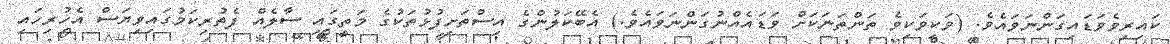
ކައިރިވެވަޑައިގަންނަވައެވެ. (ވަކިވަކިވެ ތަންތަނަކަށް ވަޑައެއްނުގަންނަވައެވެ.) އެބޭކަލުންގެ އިސްތަށިފުޅުތަކުގެ މަތީގައި ސާލެއް ފެތުރިކަމުގައިވިޔަސް އެހުރިހައި